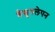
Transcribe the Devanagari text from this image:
वैद्युतलेपन